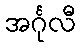
အင်္ဂုလီ